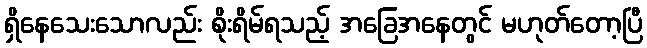
ရှိနေသေးသောလည်း စိုးရိမ်ရသည့် အခြေအနေတွင် မဟုတ်တော့ပြီ